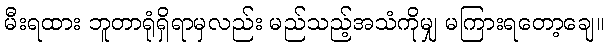
မီးရထား ဘူတာရုံရှိရာမှလည်း မည်သည့်အသံကိုမျှ မကြားရတော့ချေ။